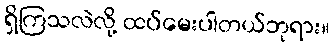
ရှိကြသလဲလို့ ထပ်မေးပါတယ်ဘုရား။